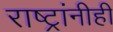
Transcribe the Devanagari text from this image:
राष्ट्रांनीही